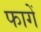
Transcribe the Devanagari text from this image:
फागें